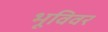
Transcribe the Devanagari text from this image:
भूविवर